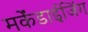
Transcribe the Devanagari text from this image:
मर्केंडाईजिंग